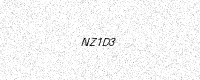
Text: NZ1D3